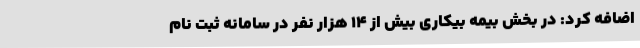
اضافه کرد: در بخش بیمه بیکاری بیش از 14 هزار نفر در سامانه ثبت نام